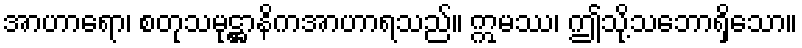
အာဟာရော၊ စတုသမုဋ္ဌာနိကအာဟာရသည်။ ဣမဿ၊ ဤသို့သဘောရှိသော။